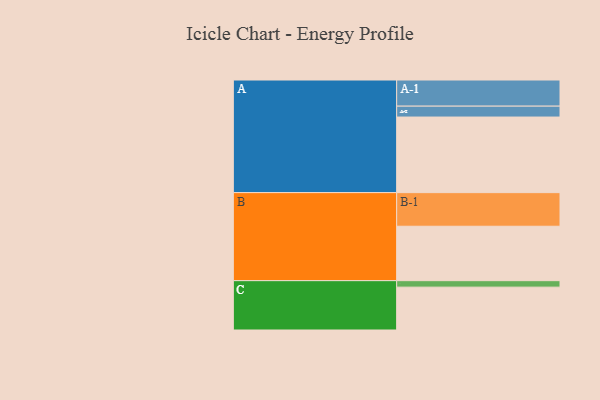
{"axis": {"x": "Segment", "y": "Value"}, "legend": ["", "A", "B", "C"], "data": [{"x": "A", "y": 596, "type": ""}, {"x": "B", "y": 429, "type": ""}, {"x": "C", "y": 338, "type": ""}, {"x": "A-1", "y": 206, "type": "A"}, {"x": "A-2", "y": 86, "type": "A"}, {"x": "B-1", "y": 265, "type": "B"}, {"x": "C-1", "y": 51, "type": "C"}]}